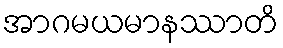
အာဂမယမာနဿာတိ